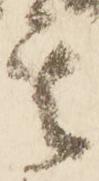
其